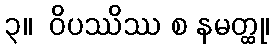
၃။  ဝိပဿိဿ စ နမတ္ထု၊